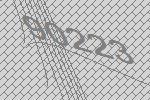
90223